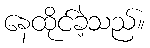
နေထိုင်ခဲ့သည်။